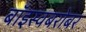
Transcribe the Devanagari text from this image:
बॉइस्वबरोबर